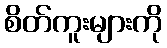
စိတ်ကူးများကို